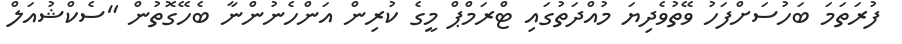
ފުރަތަމަ ބަހުސަށްފަހު ވޭތުވެދިޔަ މުއްދަތުގައި ޓްރަމްޕް މީގެ ކުރިން އަންހެނުންނާ ބެހޭގޮތުން "ސެކްޝުއަލް